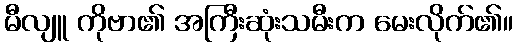
မီလျူ ကိုဗာ၏ အကြီးဆုံးသမီးက မေးလိုက်၏။